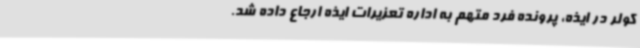
کولر در ایذه، پرونده فرد متهم به اداره تعزیرات ایذه ارجاع داده شد.